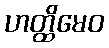
ဟတ္ထိမေဝ